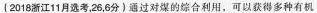
(2018浙江11月选考，26，6分)通过对煤的综合利用，可以获得多种有机